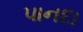
પાનદા